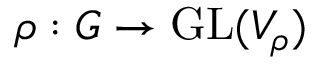
\rho : G \to { \mathrm { G L } } ( V _ { \rho } )